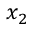
x _ { 2 }